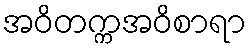
အဝိတက္ကအဝိစာရာ